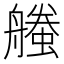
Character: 𧑥